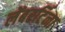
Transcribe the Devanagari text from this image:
लेंबरर्टिना